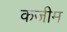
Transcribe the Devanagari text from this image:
कजीम